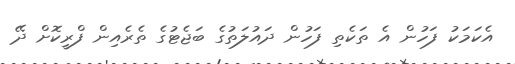
އެކަމަކު ފަހުން އެ ތަކެތި ފަހުން ދައުލަތުގެ ބަޖެޓުގެ ތެރެއިން ފްރީކޮށް ދޭ